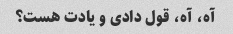
آه، آه، قول دادی و یادت هست؟